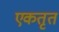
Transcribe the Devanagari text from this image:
एकतृत